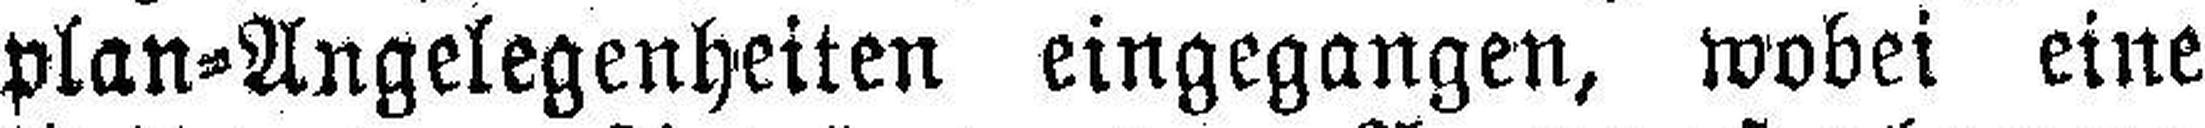
plan=Angelegenheiten eingegangen, wobei eine